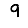
Digit: 9